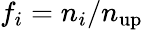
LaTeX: f_{i}=n_{i}/n_{\mathrm{up}}